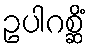
ဥပါဂစ္ဆိံ